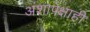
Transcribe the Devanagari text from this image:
अंशापेक्षाही